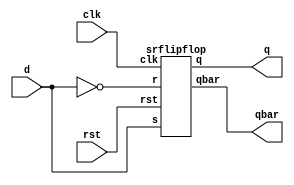
module dflipflop(d,clk,rst,q,qbar);
input d,clk,rst;
output q;
output qbar;
srflipflop DUT1(d,~d,clk,rst,q,qbar);
endmodule

module srflipflop(s,r,clk,rst,q,qbar);
input s,r,clk,rst;
output reg q;
output qbar;
always@(posedge clk)
if(rst)
q<=0;
else
begin
case({s,r})
2'b00:q<=q;
2'b01:q<=0;
2'b10:q<=1;
2'b11:q<=1'bx;
endcase
end
assign qbar=~q;
endmodule